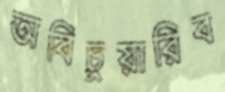
অবিচুয়ারিব